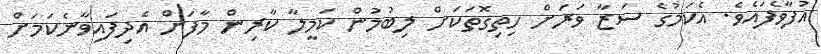
އުފާވެފައެވެ. އެކަމުގެ ސަޒާ ވަރަށް ހިތިގޮތަކަށް ލިބުމުން ކަމީލާ ކާރިން މާފަށް އެދިފައިވާނެކަމަށް